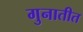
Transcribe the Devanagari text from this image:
गुनातीत